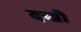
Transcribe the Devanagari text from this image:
दखी